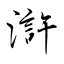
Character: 滸